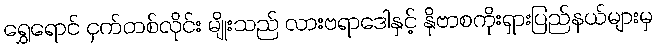
ရွှေရောင် ငှက်တစ်လိုင်း မျိုးသည် လားဗရာဒေါနှင့် နိုဗာစကိုးရှားပြည်နယ်များမှ